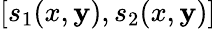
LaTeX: [s_{1}(x,\mathbf{y}),s_{2}(x,\mathbf{y})]